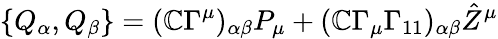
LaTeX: \{ Q_{\alpha},Q_{\beta}\} =(\mathbb{C}\Gamma^{\mu})_{\alpha\beta}P_{\mu}+(\mathbb{C}\Gamma_{\mu}\Gamma_{11})_{\alpha\beta}{\hat{{Z}}}^{\mu}